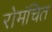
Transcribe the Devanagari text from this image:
रोमंचित